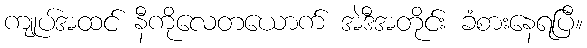
ကျုပ်အထင် နီကိုလေတယောက် အဲဒီအတိုင်း ခံစားနေရပြီ။